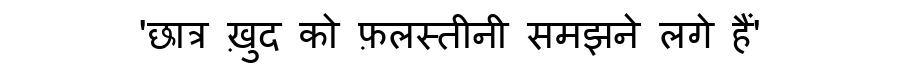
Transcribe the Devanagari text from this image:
'छात्र ख़ुद को फ़लस्तीनी समझने लगे हैं'